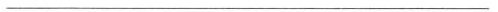
-